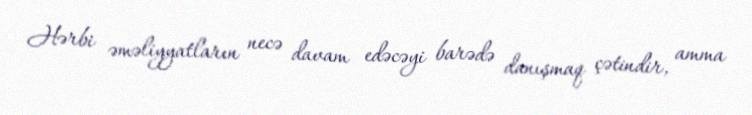
Hərbi əməliyyatların necə davam edəcəyi barədə danışmaq çətindir, amma